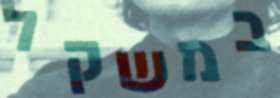
במשקל